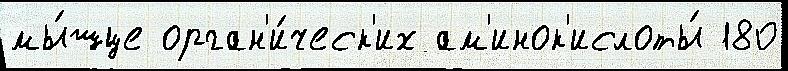
мы́шце орган'и́ческ'их ам'инок'ислоты́ 180